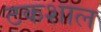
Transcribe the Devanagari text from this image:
टकशाल